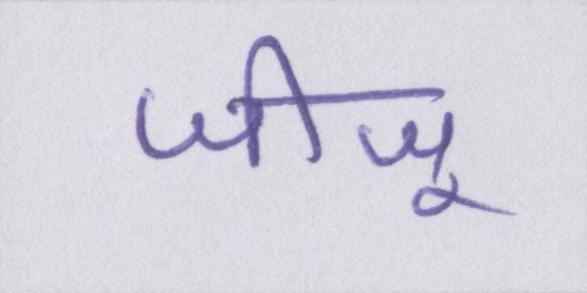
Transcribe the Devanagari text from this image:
जीजू